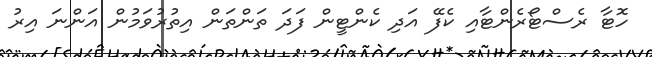
ހޮޓާ ރެސްޓޯރެންޓާއި ކެފޭ އަދި ކެންޓީން ފަދަ ތަންތަން އިތުރުވަމުން އަންނަ އިރު